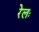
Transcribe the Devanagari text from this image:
रेलः